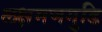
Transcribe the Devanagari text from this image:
लक्षमणगुडि